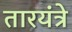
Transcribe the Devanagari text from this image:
तारयंत्रे